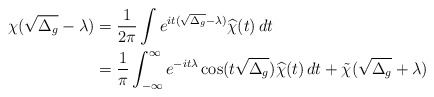
\begin{align*}\chi(\sqrt{ \smash[b]{ \Delta_g } }-\lambda) &= \frac{1}{2\pi}\int e^{it(\sqrt{ \smash[b]{ \Delta_g } }-\lambda)}\widehat{\chi}(t)\,dt\\& = \frac{1}{\pi}\int_{-\infty}^\infty e^{-it\lambda}\cos(t\sqrt{ \smash[b]{ \Delta_g } })\widehat{\chi}(t)\,dt +\tilde{\chi}(\sqrt{ \smash[b]{ \Delta_g } }+\lambda)\end{align*}